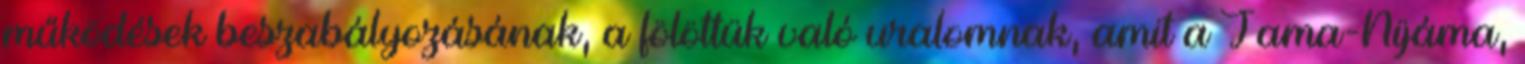
működések beszabályozásának, a fölöttük való uralomnak, amit a Jama-Nijáma,